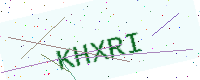
Text: KHXRI